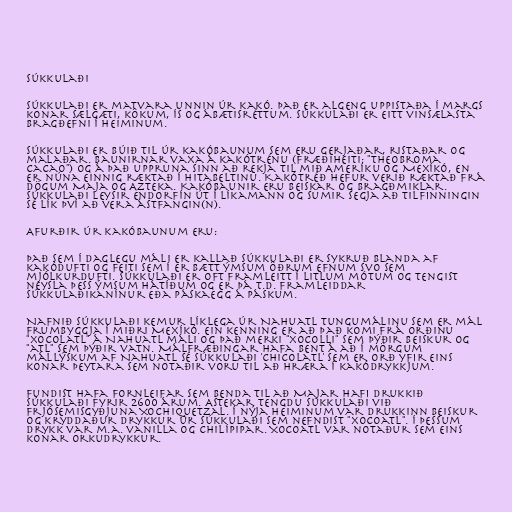
Súkkulaði

Súkkulaði er matvara unnin úr kakó. Það er algeng uppistaða í margs
konar sælgæti, kökum, ís og ábætisréttum. Súkkulaði er eitt vinsælasta
bragðefni í heiminum.

Súkkulaði er búið til úr kakóbaunum sem eru gerjaðar, ristaðar og
malaðar. Baunirnar vaxa á kakótrénu (fræðiheiti: "Theobroma
cacao") og á það uppruna sinn að rekja til mið Ameríku og Mexíkó, en
er núna einnig ræktað í hitabeltinu. Kakótréð hefur verið ræktað frá
dögum Maja og Azteka. Kakóbaunir eru beiskar og bragðmiklar.
Súkkulaði leysir endorfín út í líkamann og sumir segja að tilfinningin
sé lík því að vera ástfangin(n).

Afurðir úr kakóbaunum eru:

Það sem í daglegu máli er kallað súkkulaði er sykruð blanda af
kakódufti og feiti sem í er bætt ýmsum öðrum efnum svo sem
mjólkurdufti. Súkkulaði er oft framleitt í litlum mótum og tengist
neysla þess ýmsum hátíðum og er þá t.d. framleiddar
súkkulaðikanínur eða páskaegg á páskum.

Nafnið súkkulaði kemur líklega úr Nahuatl tungumálinu sem er mál
frumbyggja í miðri Mexíkó. Ein kenning er að það komi frá orðinu
"xocolatl" á Nahuatl máli og það merki "xocolli" sem þýðir beiskur og
"atl" sem þýðir vatn. Málfræðingar hafa bent á að í mörgum
mállýskum af Nahuatl sé súkkulaði 'chicolatl' sem er orð yfir eins
konar þeytara sem notaðir voru til að hræra í kakódrykkjum.

Fundist hafa fornleifar sem benda til að Majar hafi drukkið
súkkulaði fyrir 2600 árum. Astekar tengdu súkkulaði við
frjósemisgyðjuna Xochiquetzal. Í nýja heiminum var drukkinn beiskur
og kryddaður drykkur úr súkkulaði sem nefndist "xocoatl". Í þessum
drykk var m.a. vanilla og chilípipar. Xocoatl var notaður sem eins
konar orkudrykkur.